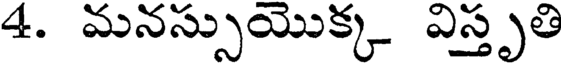
4. మనస్సుయొక్క విస్తృతి